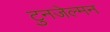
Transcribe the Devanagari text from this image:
टुनजेल्मन